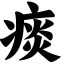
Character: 痰